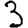
Digit: 3